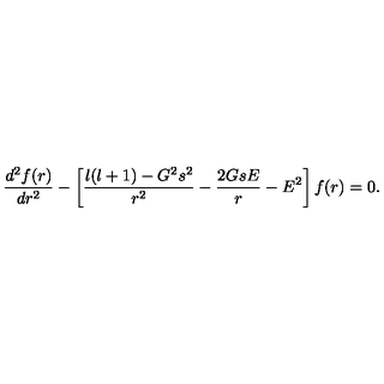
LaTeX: { \frac { d ^ { 2 } f ( r ) } { d r ^ { 2 } } } - \left[ { \frac { l ( l + 1 ) - G ^ { 2 } s ^ { 2 } } { r ^ { 2 } } } - { \frac { 2 G s E } { r } } - E ^ { 2 } \right] f ( r ) = 0 .